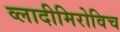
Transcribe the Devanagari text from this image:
व्लादीमिरोविच